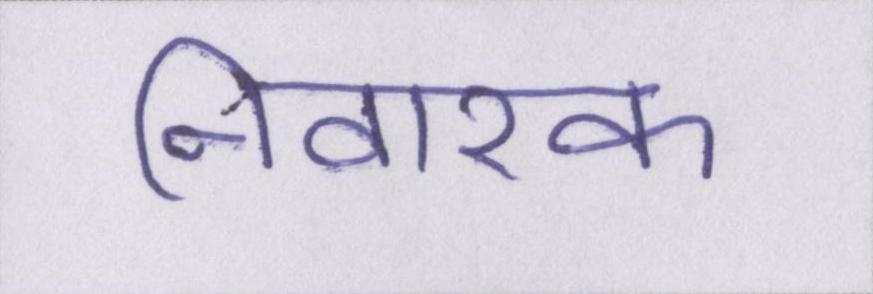
निवारक